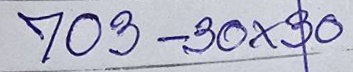
703 - 30x30